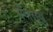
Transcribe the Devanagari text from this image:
मैंगोसुथु